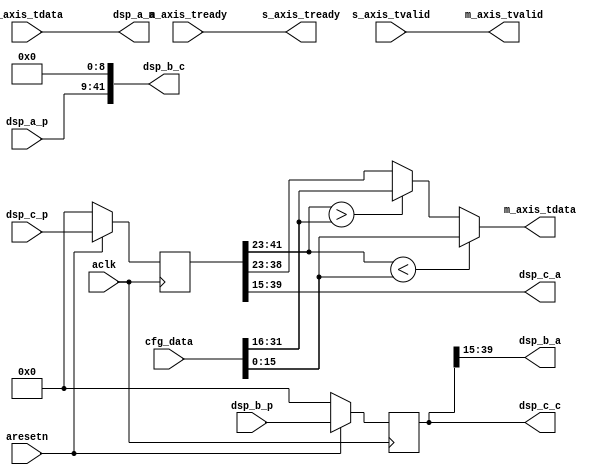
module axis_iir_filter
(
  // System signals
  input  wire        aclk,
  input  wire        aresetn,

  input  wire [31:0] cfg_data,

  // DSP signals
  output wire [15:0] dsp_a_a,
  input  wire [32:0] dsp_a_p,

  output wire [24:0] dsp_b_a,
  output wire [41:0] dsp_b_c,
  input  wire [41:0] dsp_b_p,

  output wire [24:0] dsp_c_a,
  output wire [41:0] dsp_c_c,
  input  wire [41:0] dsp_c_p,

  // Slave side
  output wire        s_axis_tready,
  input  wire [15:0] s_axis_tdata,
  input  wire        s_axis_tvalid,

  // Master side
  input  wire        m_axis_tready,
  output wire [15:0] m_axis_tdata,
  output wire        m_axis_tvalid
);

  reg [41:0] int_data_reg[1:0];

  always @(posedge aclk)
  begin
    if(~aresetn)
    begin
      int_data_reg[0] <= 42'd0;
      int_data_reg[1] <= 42'd0;
    end
    else
    begin
      int_data_reg[0] <= dsp_b_p;
      int_data_reg[1] <= dsp_c_p;
    end
  end

  assign dsp_a_a = s_axis_tdata;
  assign dsp_b_a = int_data_reg[0][39:15];
  assign dsp_b_c = {dsp_a_p, 9'd0};
  assign dsp_c_a = int_data_reg[1][39:15];
  assign dsp_c_c = int_data_reg[0];
  assign s_axis_tready = m_axis_tready;
  assign m_axis_tdata = $signed(int_data_reg[1][41:23]) < $signed(cfg_data[15:0]) ? cfg_data[15:0] : $signed(int_data_reg[1][41:23]) > $signed(cfg_data[31:16]) ? cfg_data[31:16] : int_data_reg[1][38:23];
  assign m_axis_tvalid = s_axis_tvalid;

endmodule